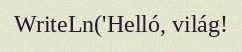
WriteLn('Helló, világ!